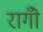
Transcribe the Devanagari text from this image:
रागोँ